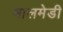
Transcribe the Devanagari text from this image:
मालमेडी